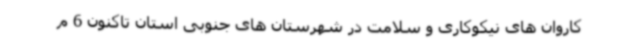
کاروان های نیکوکاری و سلامت در شهرستان های جنوبی استان تاکنون 6 م